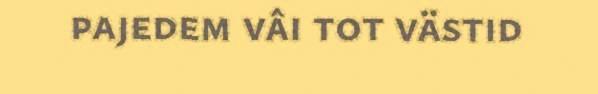
pajedem vâi tot västid